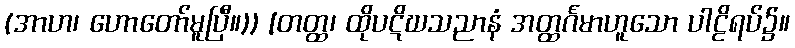
(အာဟ၊ ဟောတော်မူပြီ။)) [တတ္ထ၊ ထိုပဋိဃသညာနံ အတ္ထင်္ဂမာဟူသော ပါဠိရပ်၌။